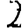
Digit: 2